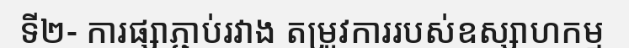
ទី២- ការផ្សាភ្ជាប់រវាង តម្រូវការរបស់ឧស្សាហកម្ម